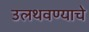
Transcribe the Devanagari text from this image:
उलथवण्याचे